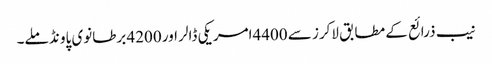
نیب ذرائع کے مطابق لاکرز سے 4400امریکی ڈالر اور 4200 برطانوی پاو نڈ ملے۔